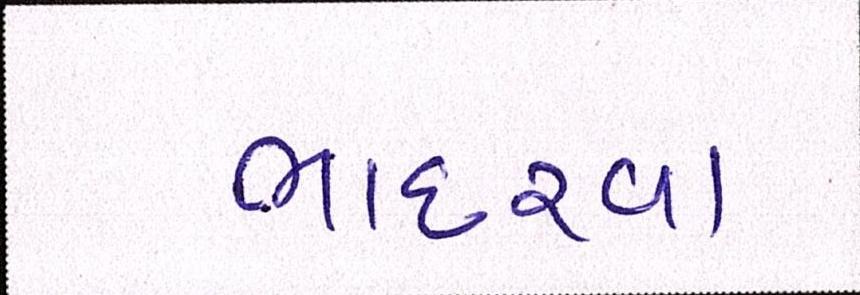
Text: ભાદરવા